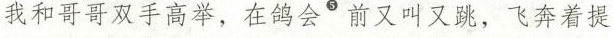
我和哥哥双手高举，在鸽会^{⑤}前又叫又跳，飞奔着提